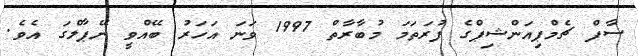
ސާފް ޗެމްޕިއަންޝިޕްގެ ފުރަތަމަ މުބާރާތް 1997 ވަނަ އަހަރު ބޭއްވީ ނޭޕާލްގަ އެވެ.